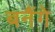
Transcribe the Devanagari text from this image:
बनैंगे